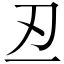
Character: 丒